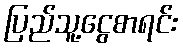
ပြည်သူ့ငွေစာရင်း